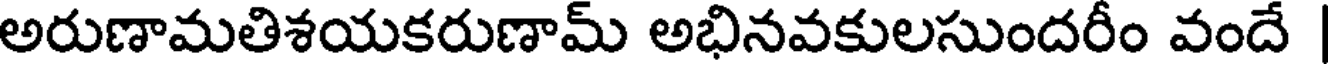
అరుణామతిశయకరుణామ్ అభినవకులసుందరీం వందే